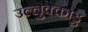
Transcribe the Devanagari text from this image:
उल्लुक्काडु